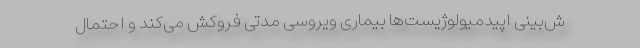
ش‌بینی اپیدمیولوژیست‌ها بیماری ویروسی مدتی فروکش می‌کند و احتمال